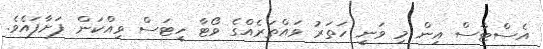
އެސްޓާސް އިން މި ވަނީ ހަތަރު ވައްތަރެއްގެ ވޯޓާ ހީޓަސް ވިއްކަން ފަށާފައެވެ.